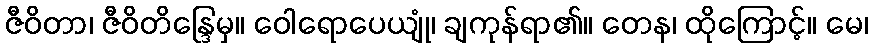
ဇီဝိတာ၊ ဇီဝိတိန္ဒြေမှ။ ဝေါရောပေယျုံ၊ ချကုန်ရာ၏။ တေန၊ ထိုကြောင့်။ မေ၊